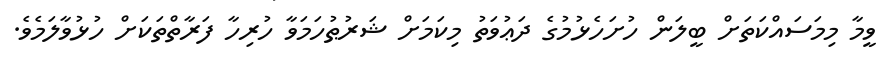
ވީމާ މިމަސައްކަތަށް ބީލަން ހުށަހެޅުމުގެ ދަޢުވަތު މިކަމަށް ޝަރުޠުހަމަވާ ހުރިހާ ފަރާތްތަކަށް ހުޅުވާލަމެވެ.